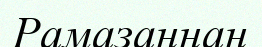
Рамазаннан